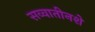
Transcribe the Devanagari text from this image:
सव्वातीनशे